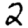
Digit: 2